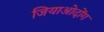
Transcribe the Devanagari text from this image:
जियाओदोंग